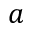
a